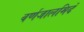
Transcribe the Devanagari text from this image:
वर्णजालमिदं